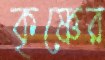
কৃষ্ণের